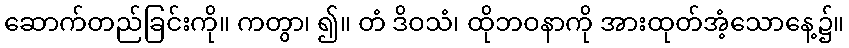
ဆောက်တည်ခြင်းကို။ ကတွာ၊ ၍။ တံ ဒိဝသံ၊ ထိုဘဝနာကို အားထုတ်အံ့သောနေ့၌။